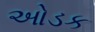
ઓડક